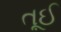
તૂઈ